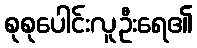
စုစုပေါင်းလူဦးရေ၏